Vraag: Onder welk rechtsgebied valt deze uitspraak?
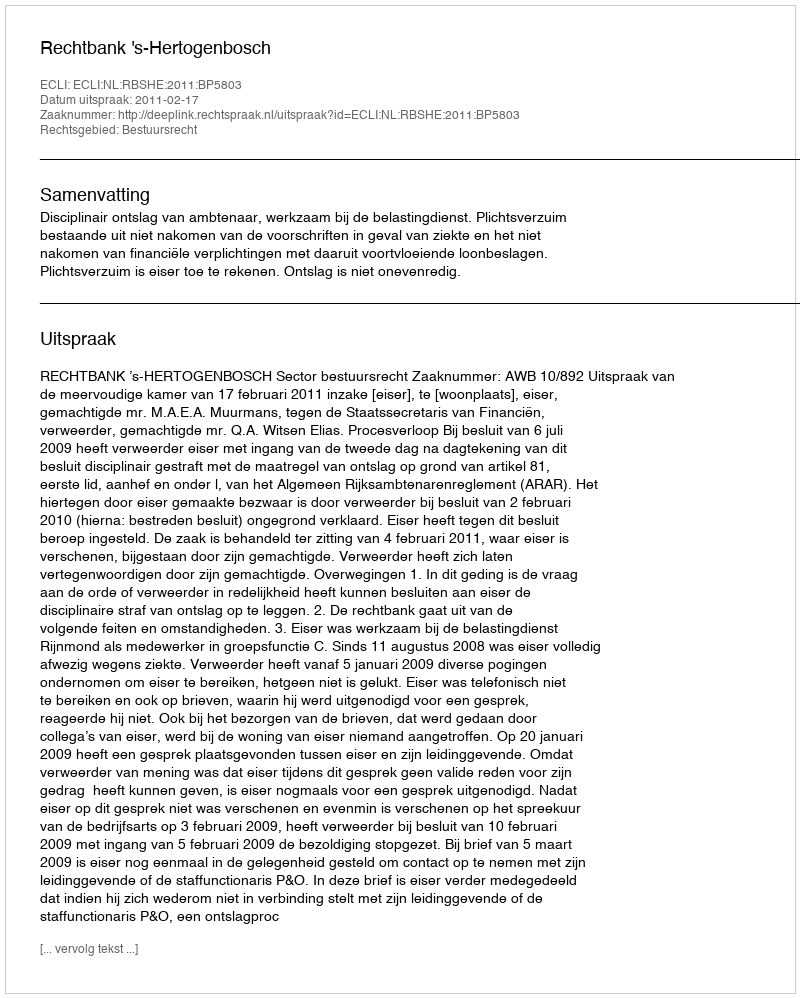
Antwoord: Bestuursrecht